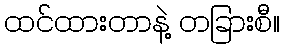
ထင်ထားတာနဲ့ တခြားစီ။